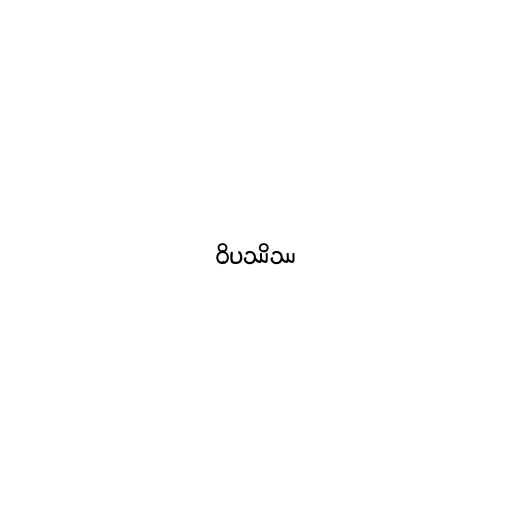
ဝိပဿိဿ